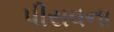
પીસવના